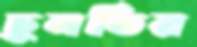
চুনতির